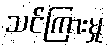
သင်ကြားမှု